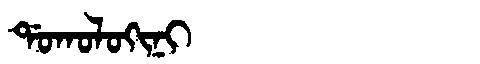
Manchu: ᡩᠣᡴᠣᠯᠣᡴᡳᠨᡳ
Romanization: DOKOLOKINI